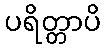
ပရိတ္တာပိ